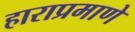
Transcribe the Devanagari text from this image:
हाराप्रमाणे